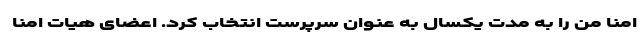
امنا من را به مدت یکسال به عنوان سرپرست انتخاب کرد. اعضای هیات امنا